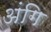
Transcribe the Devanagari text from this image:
अंगि